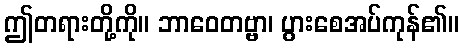
ဤတရားတို့ကို။ ဘာဝေတဗ္ဗာ၊ ပွားစေအပ်ကုန်၏။